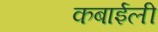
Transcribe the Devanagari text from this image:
कबाईली